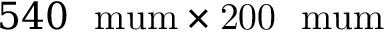
5 4 0 ~ \mathrm { \ m u m \times 2 0 0 ~ \mathrm { \ m u m } }